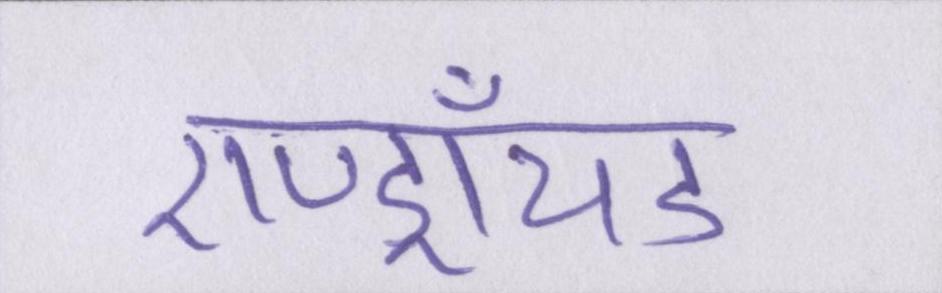
एण्ड्रॉयड